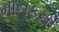
માનકની